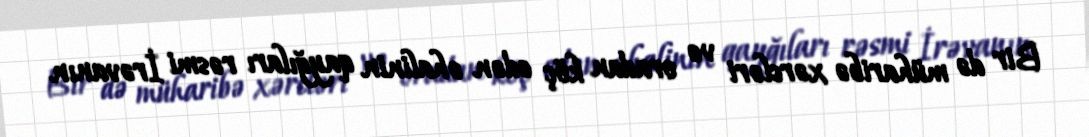
Bir də müharibə xərcləri və oradan köç edən əhalinin qayğıları rəsmi İrəvanın